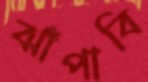
ঝাঁপাবি